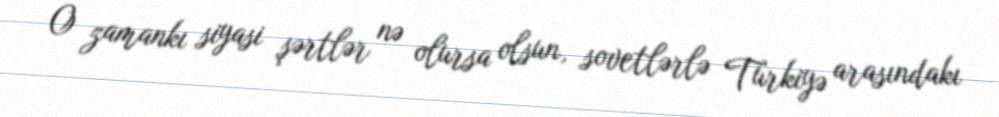
O zamankı siyasi şərtlər nə olursa olsun, sovetlərlə Türkiyə arasındakı